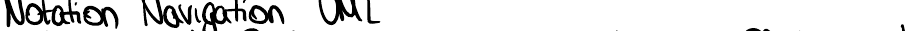
Notation Navigation UML